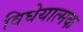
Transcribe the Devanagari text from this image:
विघेयात्मक